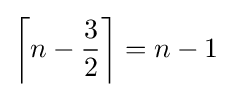
\left\lceil n-{\frac {3}{2}}\right\rceil =n-1